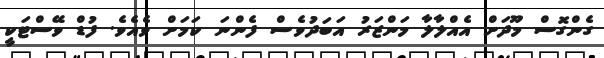
ގެންގޮސް މޫދަށް އެއްލާލާ މަންޒަރު އަބަދުވެސް ފެންނަ ކަމަށް ވެއެވެ. ފުޑް ވޭސްޓަކީ